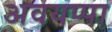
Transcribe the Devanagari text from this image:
अवयप्पा